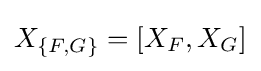
X_{\{F,G\}}=[X_{F},X_{G}]